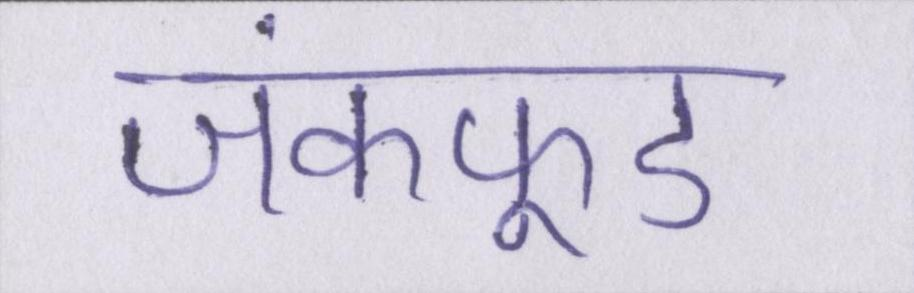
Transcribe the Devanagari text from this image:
जंकफूड